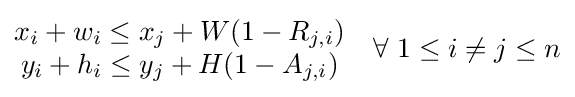
{\begin{matrix}x_{i}+w_{i}\leq x_{j}+W(1-R_{j,i})\\y_{i}+h_{i}\leq y_{j}+H(1-A_{j,i})\end{matrix}}\quad \forall \ 1\leq i\neq j\leq n